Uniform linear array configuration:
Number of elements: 8
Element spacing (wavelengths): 0.75
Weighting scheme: kaiser
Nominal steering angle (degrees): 45
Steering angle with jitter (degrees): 43.717
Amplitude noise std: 0.05
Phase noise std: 0.05

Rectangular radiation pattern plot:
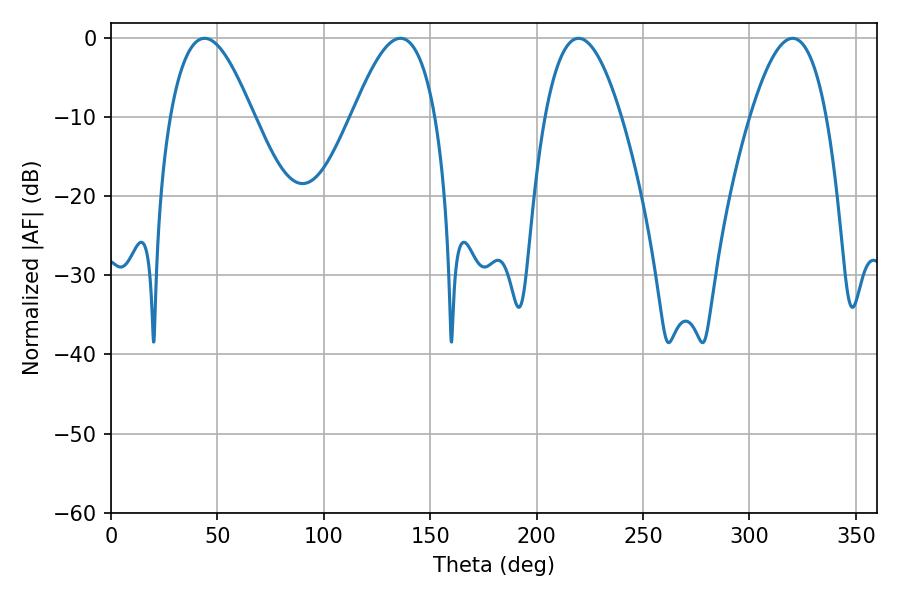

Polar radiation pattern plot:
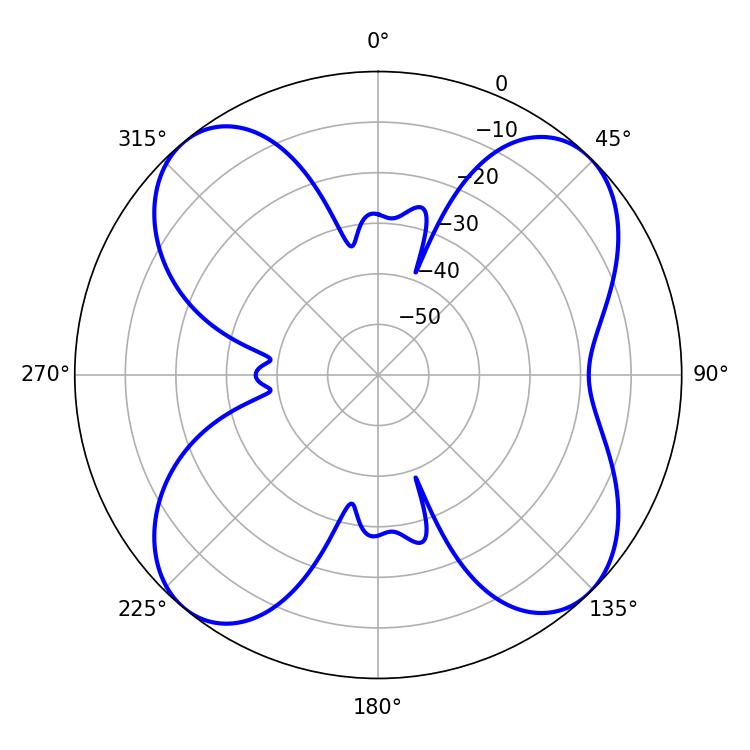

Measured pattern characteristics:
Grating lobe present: TRUE
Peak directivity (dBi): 12.853
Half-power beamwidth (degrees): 21.24
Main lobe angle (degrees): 43.92